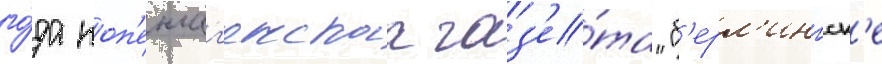
го́да коп'енгаг'енскаа газ'е́та "б'ерл'ингск'е